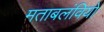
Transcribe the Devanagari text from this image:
मताबलंवियों